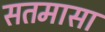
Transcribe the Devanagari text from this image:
सतमासा